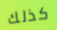
كذلك